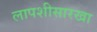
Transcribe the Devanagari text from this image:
लापशीसारखा